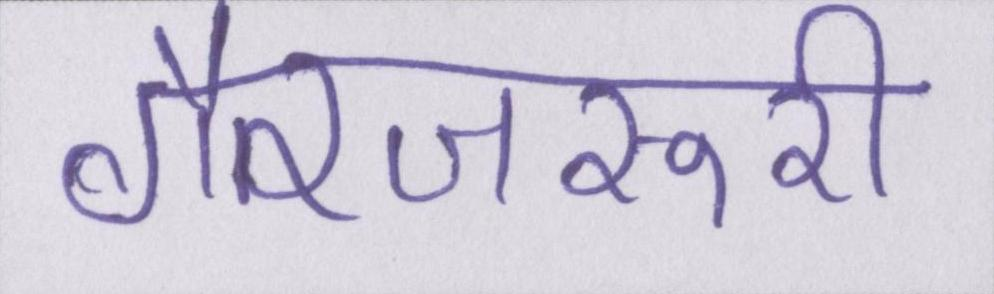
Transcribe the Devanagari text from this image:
गैरजरूरी